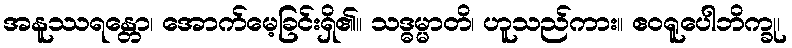
အနူဿရန္တော၊ အောက်မေ့ခြင်းရှိ၏။ သဒ္ဓမ္မာတိ၊ ဟူသည်ကား။ ဧဝရူပေါဘိက္ခု၊